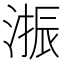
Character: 𱧳